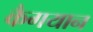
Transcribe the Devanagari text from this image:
कैगयान